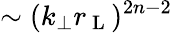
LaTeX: \sim(k_{\perp}r_{\mathrm{~L~}})^{2n-2}